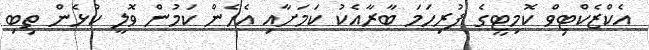
އެކްޒެކްޓިވް ކޮމިޓީގެ ފުރިހަމަ ބާރާއެކު ކަމަށާއި އެހެން ކަމުން ވޮލީ ކުޅެން ތިބި